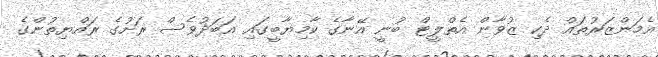
އެމަންޒަރުތައް ދެކި ޒުވާން އެތްލީޓް ބުނީ އޭނާގެ ކާމިޔާބީގައި އަބަދުވެސް ރަށުގެ ރައްޔިތުންގެ